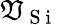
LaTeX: \mathfrak{V}_{\mathrm{{~S~i~}}}